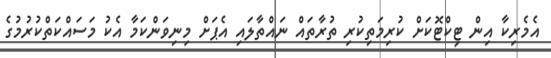
އެމެރިކާ އިން ޓިކްޓޮކަށް ކުރިމަތިކުރި ތުރާތައް ނައްތާލައި އެޕަށް މިނިވަންކަމާ އެކު މަސައްކަތްކުރުމުގެ